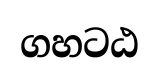
ගහටඨ